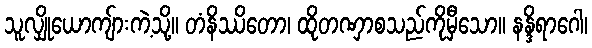
သူလျှိုယောကျ်ားကဲ့သို့။ တံနိဿိတော၊ ထိုတဏှာစသည်ကိုမှီသော။ နန္ဒိရာဂေါ၊